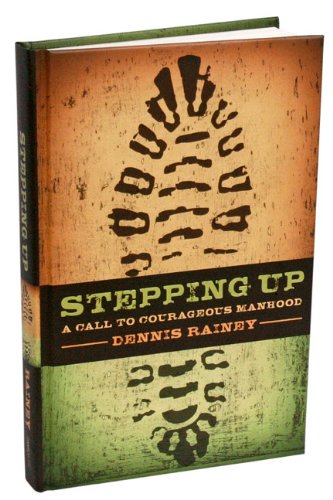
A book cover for Stepping Up: A Call to Courageous Manhood; Dennis Rainey; Christian Books & Bibles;